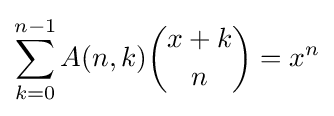
\sum _{k=0}^{n-1}A(n,k){\binom {x+k}{n}}=x^{n}